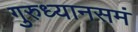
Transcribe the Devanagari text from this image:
गुरुध्यानसमं